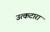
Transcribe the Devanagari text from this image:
उत्कटारा